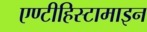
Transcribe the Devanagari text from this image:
एण्टीहिस्टामाइन